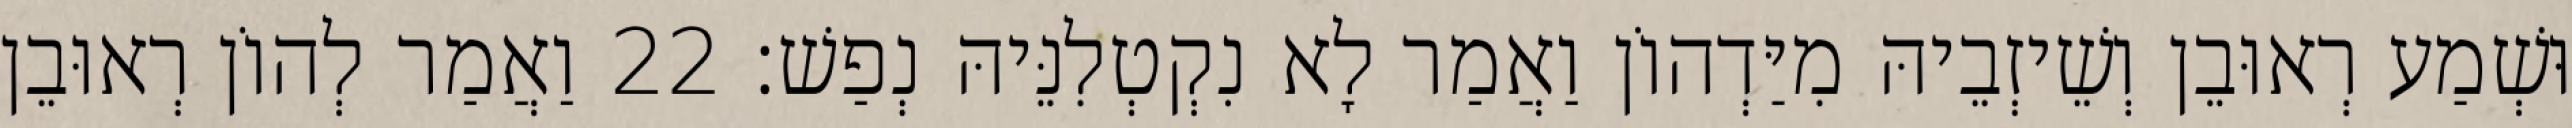
וּשְׁמַע רְאוּבֵן וְשֵׁיזְבֵיהּ מִיַּדְהוֹן וַאֲמַר לָא נִקְטְלִנֵּיהּ נְפַשׁ׃ 22 וַאֲמַר לְהוֹן רְאוּבֵן